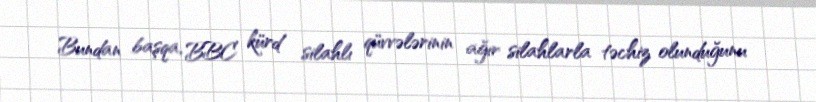
Bundan başqa, BBC kürd silahlı qüvvələrinin ağır silahlarla təchiz olunduğunu